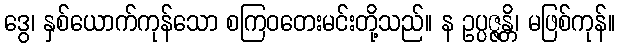
ဒွေ၊ နှစ်ယောက်ကုန်သော စကြဝတေးမင်းတို့သည်။ န ဥပ္ပဇ္ဇန္တိ၊ မဖြစ်ကုန်။